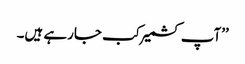
’’آپ کشمیر کب جارہے ہیں۔